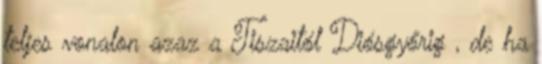
teljes vonalon azaz a Tiszaitól Diósgyőrig , de ha